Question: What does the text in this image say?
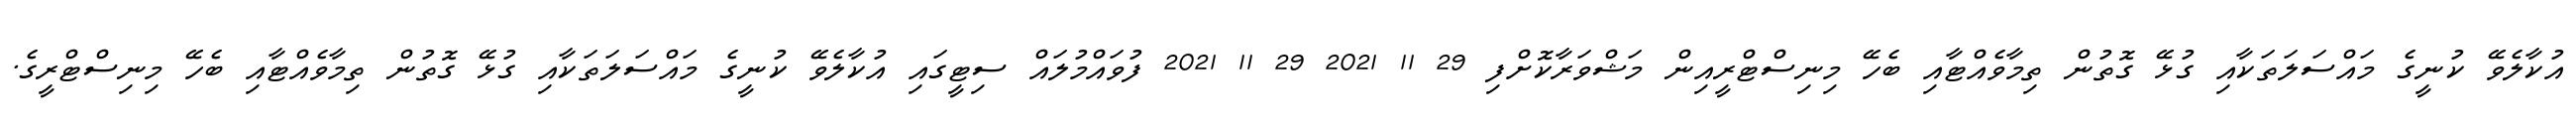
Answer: އުކާލެވޭ ކުނީގެ މައްސަލަތަކާއި ގުޅޭ ގޮތުން ތިމާވެއްޓާއި ބެހޭ މިނިސްޓްރީއިން މަޝްވަރާކޮށްފި 29 11 2021 29 11 2021 ފުވައްމުލައް ސިޓީގައި އުކާލެވޭ ކުނީގެ މައްސަލަތަކާއި ގުޅޭ ގޮތުން ތިމާވެއްޓާއި ބެހޭ މިނިސްޓްރީގެ.